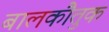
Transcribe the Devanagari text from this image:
बालकौतुक